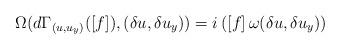
LaTeX: \begin{align*}\Omega(d\Gamma_{(u,u_y)}([f]),(\delta u,\delta u_y)) = i\, ([f] \, \omega(\delta u,\delta u_y))\end{align*}